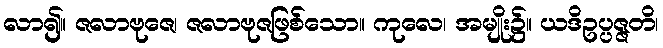
လာ၍။ ဇလာဗုဇေ၊ ဇလာဗုဇဖြစ်သော။ ကုလေ၊ အမျိုး၌။ ယဒိဥပ္ပဇ္ဇတိ၊